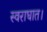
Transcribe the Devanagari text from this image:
स्वराघात।